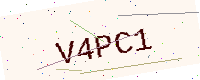
Text: V4PC1